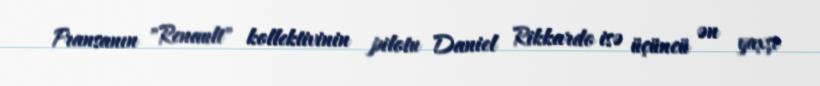
Fransanın "Renault" kollektivinin pilotu Daniel Rikkardo isə üçüncü ən yaxşı